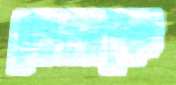
দোলাকে